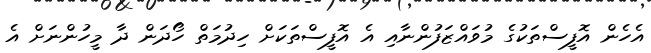
އެހެން އޮފީސްތަކުގެ މުވައްޒަފުންނާއި އެ އޮފީސްތަކަށް ހިދުމަތް ހޯދަން ދާ މީހުންނަށް އެ